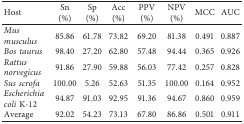
<table><thead><tr><td><b>Host</b></td><td><b>Sn (%)</b></td><td><b>Sp (%)</b></td><td><b>Acc (%)</b></td><td><b>PPV (%)</b></td><td><b>NPV (%)</b></td><td><b>MCC</b></td><td><b>AUC</b></td></tr></thead><tbody><tr><td><i>Mus musculus</i></td><td>85.86</td><td>61.78</td><td>73.82</td><td>69.20</td><td>81.38</td><td>0.491</td><td>0.887</td></tr><tr><td><i>Bos taurus</i></td><td>98.40</td><td>27.20</td><td>62.80</td><td>57.48</td><td>94.44</td><td>0.365</td><td>0.926</td></tr><tr><td><i>Rattus norvegicus</i></td><td>91.86</td><td>27.90</td><td>59.88</td><td>56.03</td><td>77.42</td><td>0.257</td><td>0.828</td></tr><tr><td><i>Sus scrofa</i></td><td>100.00</td><td>5.26</td><td>52.63</td><td>51.35</td><td>100.00</td><td>0.164</td><td>0.952</td></tr><tr><td><i>Escherichia coli</i> K-12</td><td>94.87</td><td>91.03</td><td>92.95</td><td>91.36</td><td>94.67</td><td>0.860</td><td>0.959</td></tr><tr><td>Average</td><td>92.02</td><td>54.23</td><td>73.13</td><td>67.80</td><td>86.86</td><td>0.501</td><td>0.911</td></tr></tbody></table>